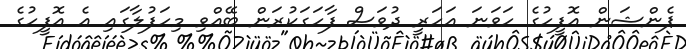
ޕެންޝަން އޮފީހުގެ ހަވަނަ އަަހަރީ ދުވަސް ފާހަގަކުރަން ބޭއްވި މިހަފުލާގައި އެ އޮފީހުގެ